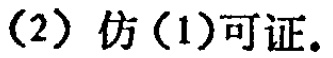
(2) 仿(1)可证.